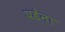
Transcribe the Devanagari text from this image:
घडेना